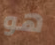
هو